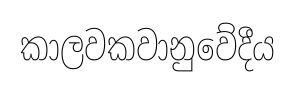
කාලවකවානුවේදීය